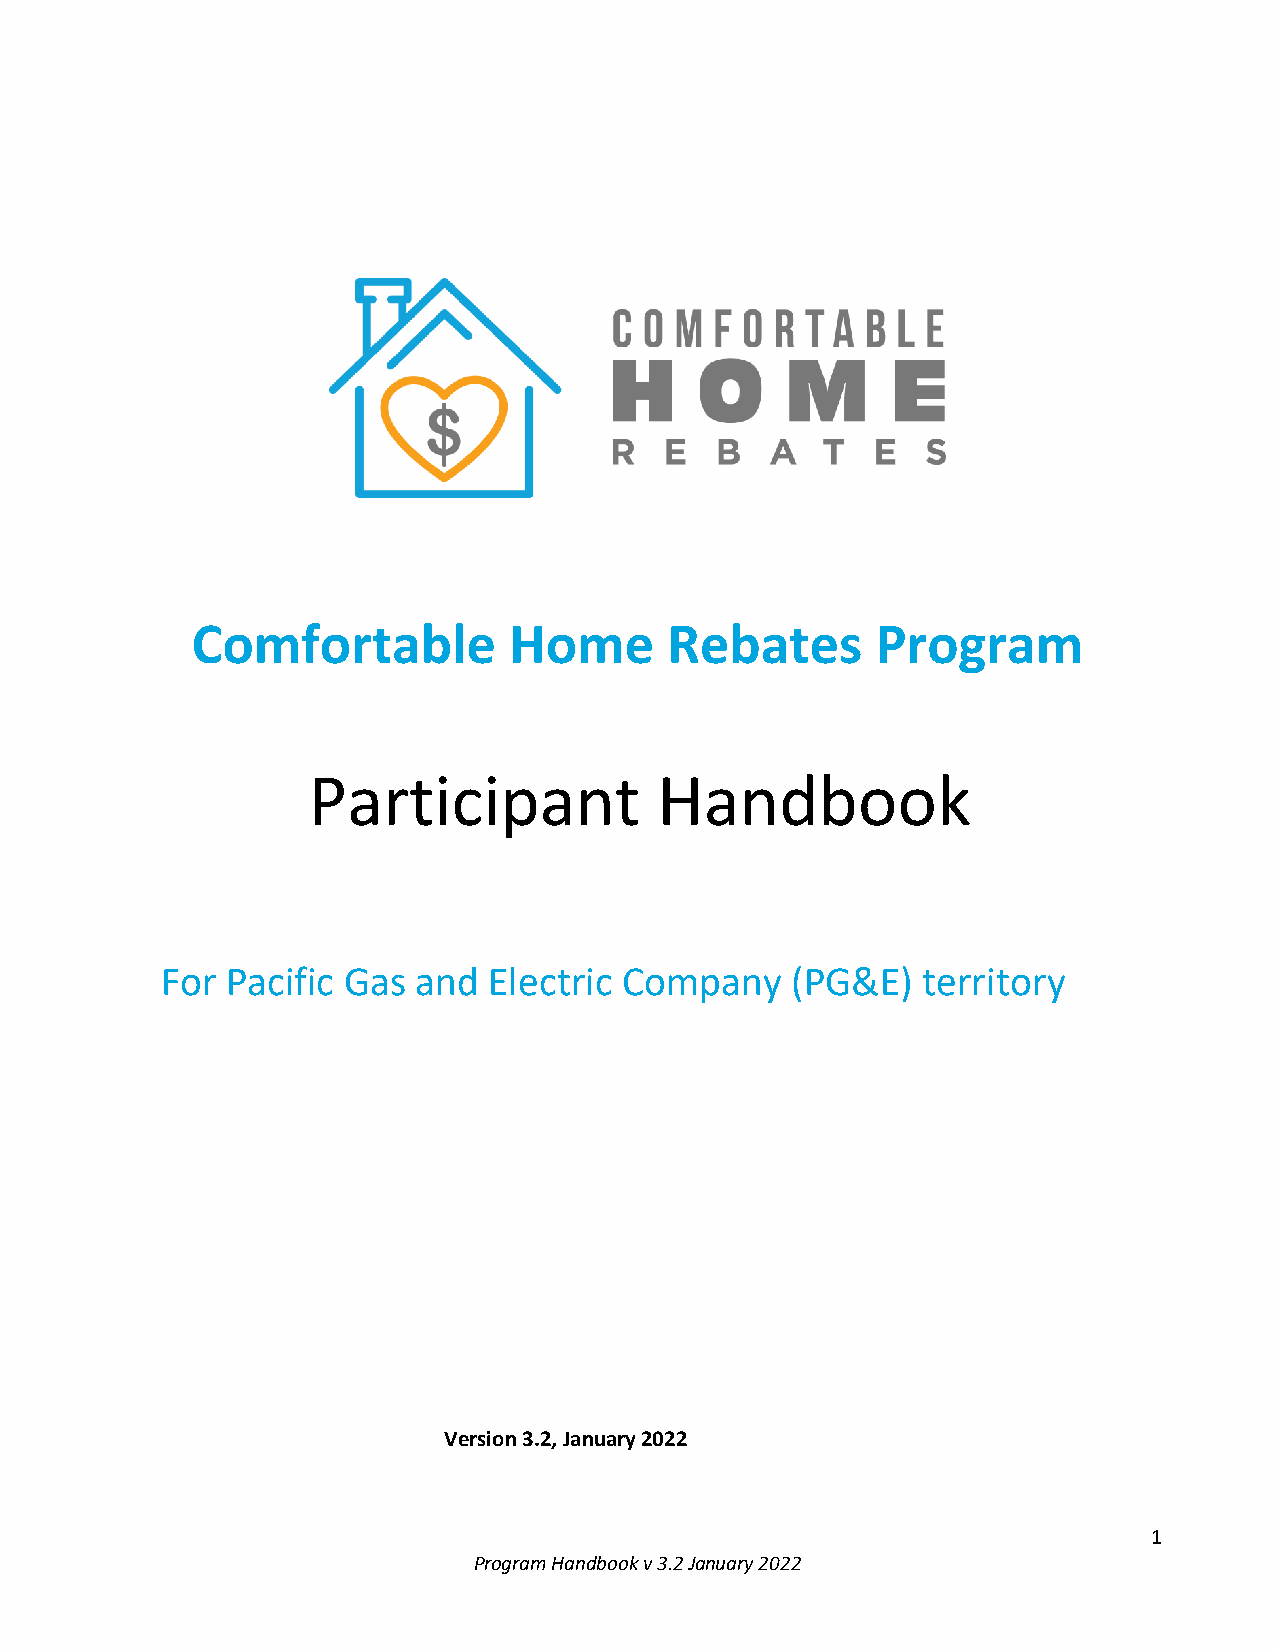
Comfortable          Home      Rebates       Program
 Participant             Handbook
 For Pacific Gas  and Electric Company    (PG&E)   territory
 Version 3.2, January 2022
 1
 Program Handbook v 3.2 January 2022